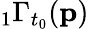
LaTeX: {}_{1}\Gamma_{t_{0}}(\mathbf{p})